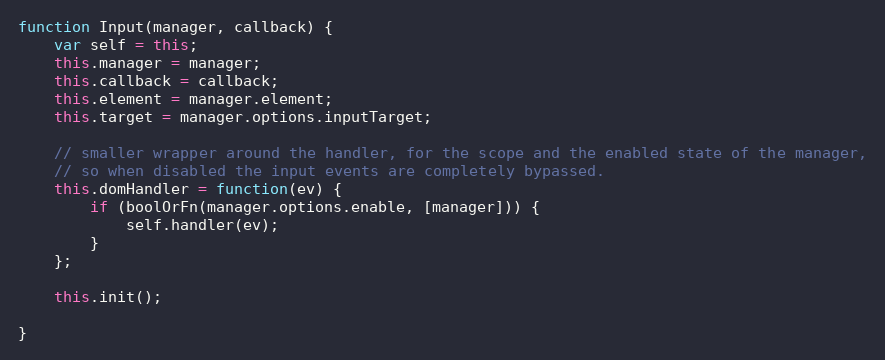
Language: JavaScript
function Input(manager, callback) {
    var self = this;
    this.manager = manager;
    this.callback = callback;
    this.element = manager.element;
    this.target = manager.options.inputTarget;

    // smaller wrapper around the handler, for the scope and the enabled state of the manager,
    // so when disabled the input events are completely bypassed.
    this.domHandler = function(ev) {
        if (boolOrFn(manager.options.enable, [manager])) {
            self.handler(ev);
        }
    };

    this.init();

}